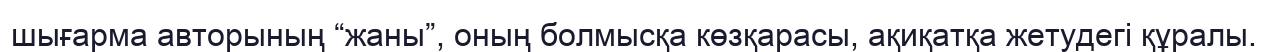
шығарма авторының “жаны”, оның болмысқа көзқарасы, ақиқатқа жетудегі құралы.